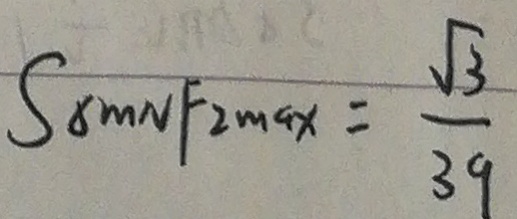
S _ { \Delta m N F _ { 2 } \max } = \frac { \sqrt { 3 } } { 3 9 }